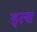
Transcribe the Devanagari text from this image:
इत्स